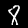
Label: 8